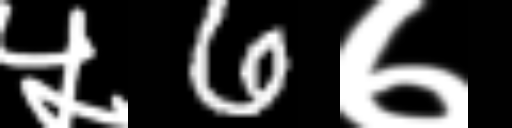
Text: ५6७